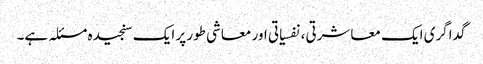
گداگری ایک معاشرتی، نفسیاتی اور معاشی طور پر ایک سنجیدہ مسئلہ ہے۔